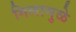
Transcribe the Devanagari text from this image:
गिलामुळे